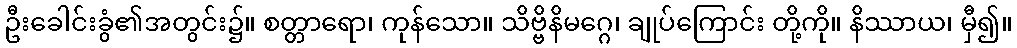
ဦးခေါင်းခွံ၏အတွင်း၌။ စတ္တာရော၊ ကုန်သော။ သိဗ္ဗိနိမဂ္ဂေ၊ ချုပ်ကြောင်း တို့ကို။ နိဿာယ၊ မှီ၍။